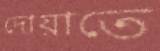
দোয়াতে